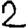
Digit: 2